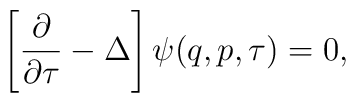
\left[\frac{\partial }{\partial \tau}-\Delta \right]\psi(q,p,\tau)=0,